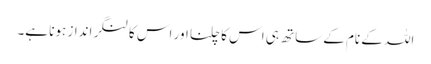
اللہ کے نام کے ساتھ ہی اس کا چلنا اور اس کا لنگر انداز ہونا ہے۔